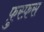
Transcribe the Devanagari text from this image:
फ़ुस्फ़स